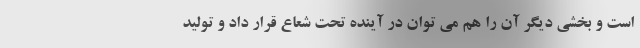
است و بخشی دیگر آن را هم می توان در آینده تحت شعاع قرار داد و تولید